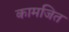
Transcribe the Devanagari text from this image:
कामजित